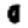
Digit: 0